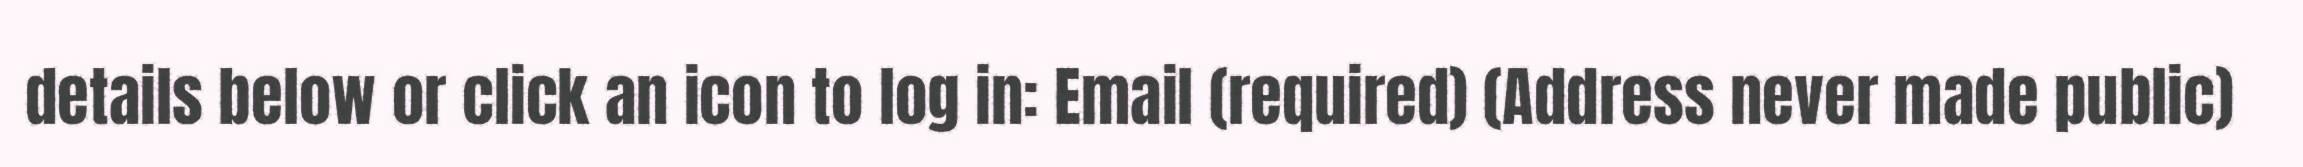
details below or click an icon to log in: Email (required) (Address never made public)